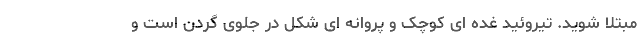
مبتلا شوید. تیروئید غده ای کوچک و پروانه ای شکل در جلوی گردن است و